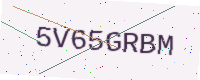
Text: 5V65GRBM